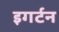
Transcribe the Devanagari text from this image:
इगर्टन